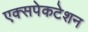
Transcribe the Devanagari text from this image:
एक्सपेकटेशन